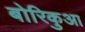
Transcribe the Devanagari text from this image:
बोरिकुआ